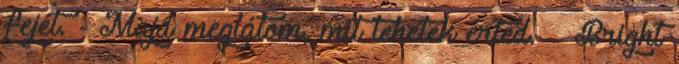
fejét. - Majd meglátom, mit tehetek érted. – Bright